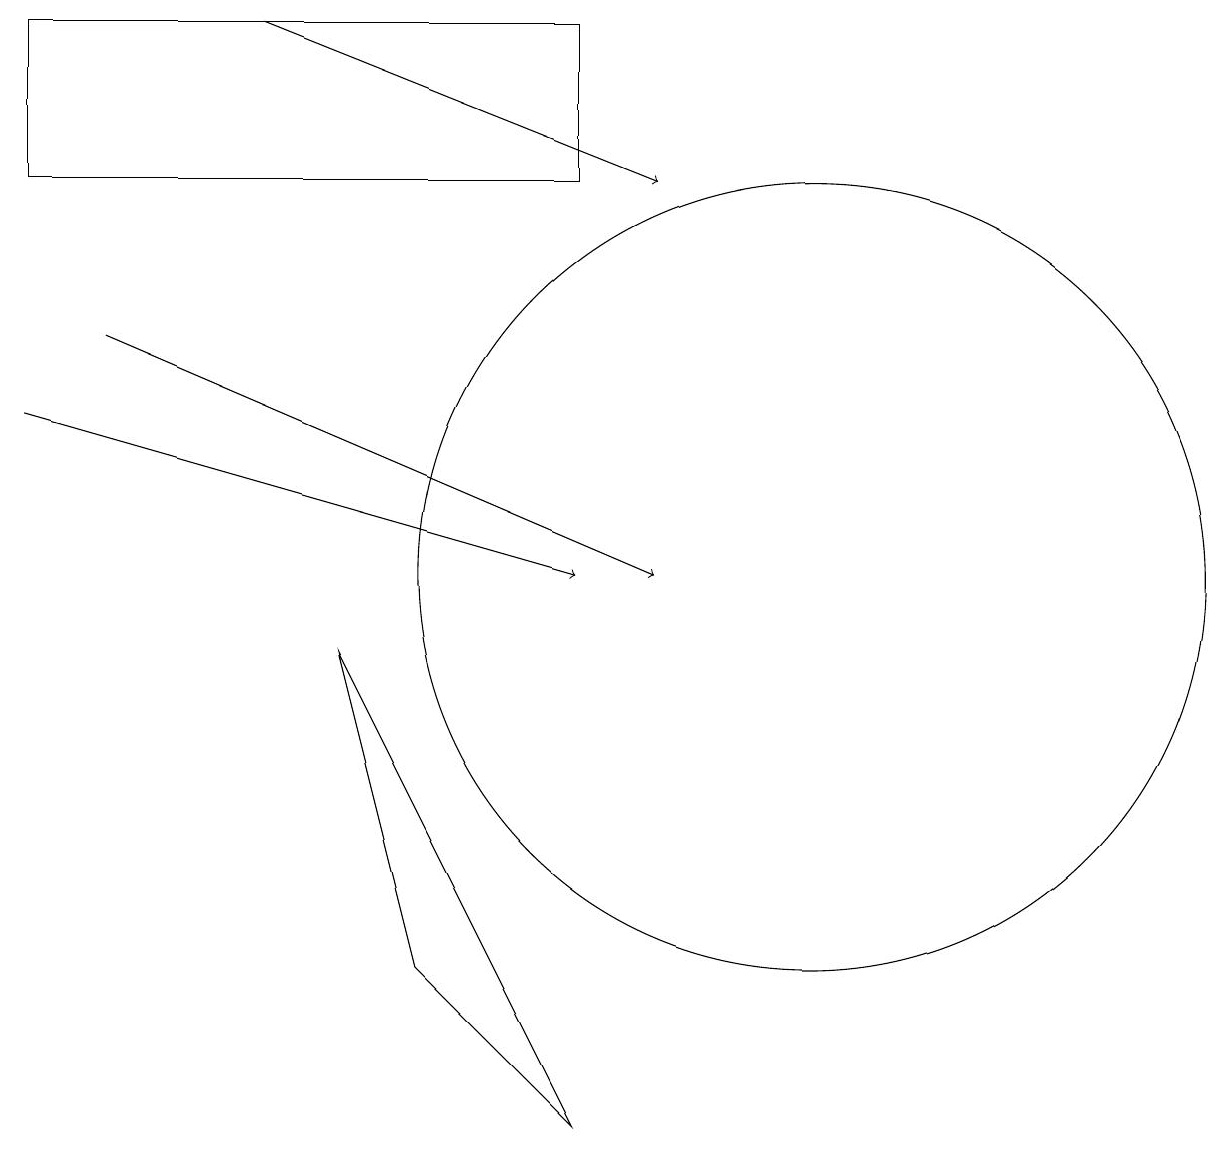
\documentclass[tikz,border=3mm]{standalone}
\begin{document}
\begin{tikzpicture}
\draw (6,5) -- (5,9) -- (8,3) -- cycle;
\draw (11,11) circle (0);
\draw[->] (4,17) -- (9,15);
\draw (11,10) circle (5);
\draw[->] (2,13) -- (9,10);
\draw[->] (1,12) -- (8,10);
\draw (1,17) rectangle (8,15);
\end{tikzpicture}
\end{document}